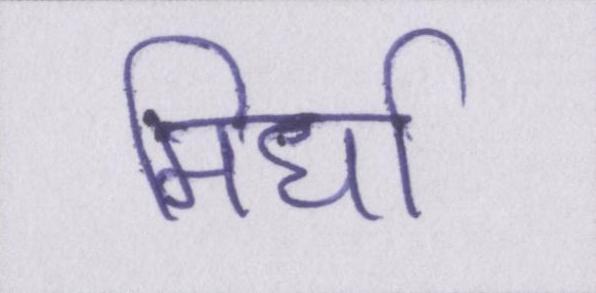
मिर्धा